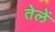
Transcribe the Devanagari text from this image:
तेलें